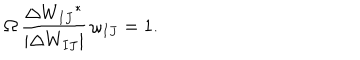
LaTeX: \Omega \, \frac { \Delta { W _ { I J } } ^ { * } } { \left| \Delta W _ { I J } \right| } \, \omega _ { I J } = 1 .